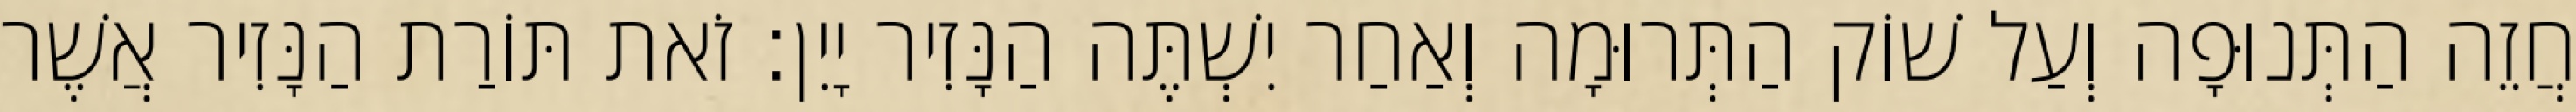
חֲזֵה הַתְּנוּפָה וְעַל שׁוֹק הַתְּרוּמָה וְאַחַר יִשְׁתֶּה הַנָּזִיר יָיִן׃ זֹאת תּוֹרַת הַנָּזִיר אֲשֶׁר